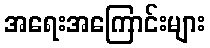
အရေးအကြောင်းများ